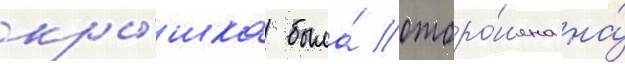
кры́шка была́ отбро́шена на́